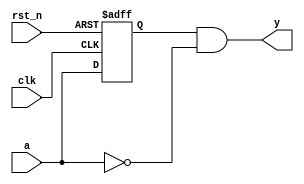
//////////////////////////////////////////////////////////////////////////////////////
// Tyler Anderson Wed Nov  5 13:40:26 EST 2014
// Pulse one clock cycle when a negative edge is detected
//////////////////////////////////////////////////////////////////////////////////////
module negedge_detector
  (
   input clk, // clock
   input rst_n, // active low reset
   input a, // input on which positive edges should be detected
   output y
   );

   reg 	  ff;
   
   always @(posedge clk or negedge rst_n)
     begin
	if( !rst_n ) ff <= 1'b0;
	else ff <= a;
     end
   
   assign y = ff & !a;
	
endmodule